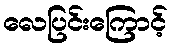
လေပြင်းကြောင့်